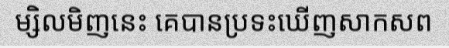
ម្សិលមិញនេះ គេបានប្រទះឃើញសាកសព